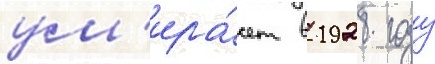
ум'ира́ет в 1928 году